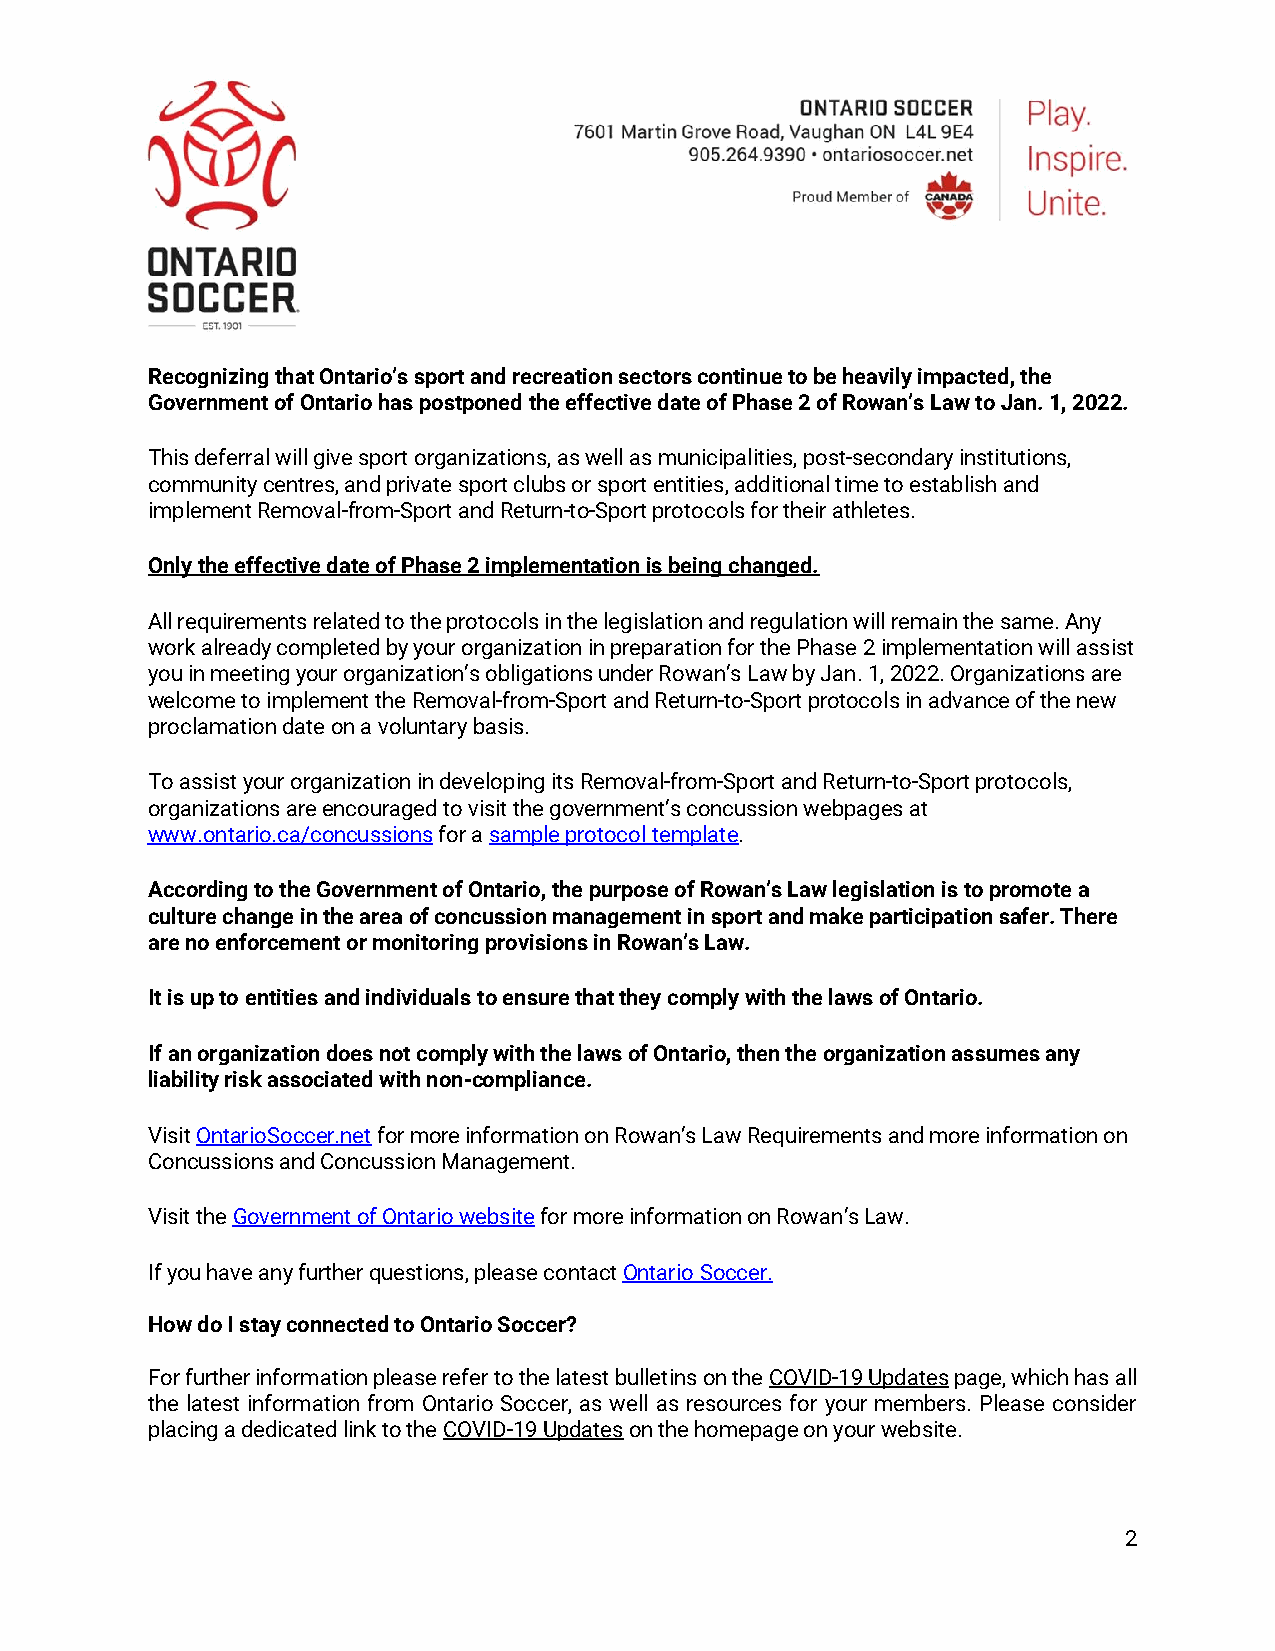
Recognizing that Ontario’s sport and recreation sectors continue to be heavily impacted, the
 Government of Ontario has postponed the effective date of Phase 2 of Rowan’s Law to Jan. 1, 2022.
 This deferral will give sport organizations, as well as municipalities, post-secondary institutions,
 community centres, and private sport clubs or sport entities, additional time to establish and
 implement Removal-from-Sport and Return-to-Sport protocols for their athletes.
 Only the effective date of Phase 2 implementation is being changed.
 All requirements related to the protocols in the legislation and regulation will remain the same. Any
 work already completed by your organization in preparation for the Phase 2 implementation will assist
 you in meeting your organization’s obligations under Rowan’s Law by Jan. 1, 2022. Organizations are
 welcome to implement the Removal-from-Sport and Return-to-Sport protocols in advance of the new
 proclamation date on a voluntary basis.
 To assist your organization in developing its Removal-from-Sport and Return-to-Sport protocols,
 organizations are encouraged to visit the government’s concussion webpages at
 www.ontario.ca/concussions for a sample protocol template.
 According to the Government of Ontario, the purpose of Rowan’s Law legislation is to promote a
 culture change in the area of concussion management in sport and make participation safer. There
 are no enforcement or monitoring provisions in Rowan’s Law.
 It is up to entities and individuals to ensure that they comply with the laws of Ontario.
 If an organization does not comply with the laws of Ontario, then the organization assumes any
 liability risk associated with non-compliance.
 Visit OntarioSoccer.net for more information on Rowan’s Law Requirements and more information on
 Concussions and Concussion Management.
 Visit the Government of Ontario website for more information on Rowan’s Law.
 If you have any further questions, please contact Ontario Soccer.
 How do I stay connected to Ontario Soccer?
 For further information please refer to the latest bulletins on the COVID-19 Updates page, which has all
 the latest information from Ontario Soccer, as well as resources for your members. Please consider
 placing a dedicated link to the COVID-19 Updates on the homepage on your website.
 2